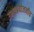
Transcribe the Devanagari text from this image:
उभयप्रयोजनीय